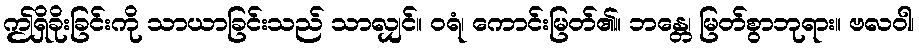
ဤရှိခိုးခြင်းကို သာယာခြင်းသည် သာလျှင်။ ဝရံ၊ ကောင်းမြတ်၏။ ဘန္တေ၊ မြတ်စွာဘုရား။ ဗလဝါ၊